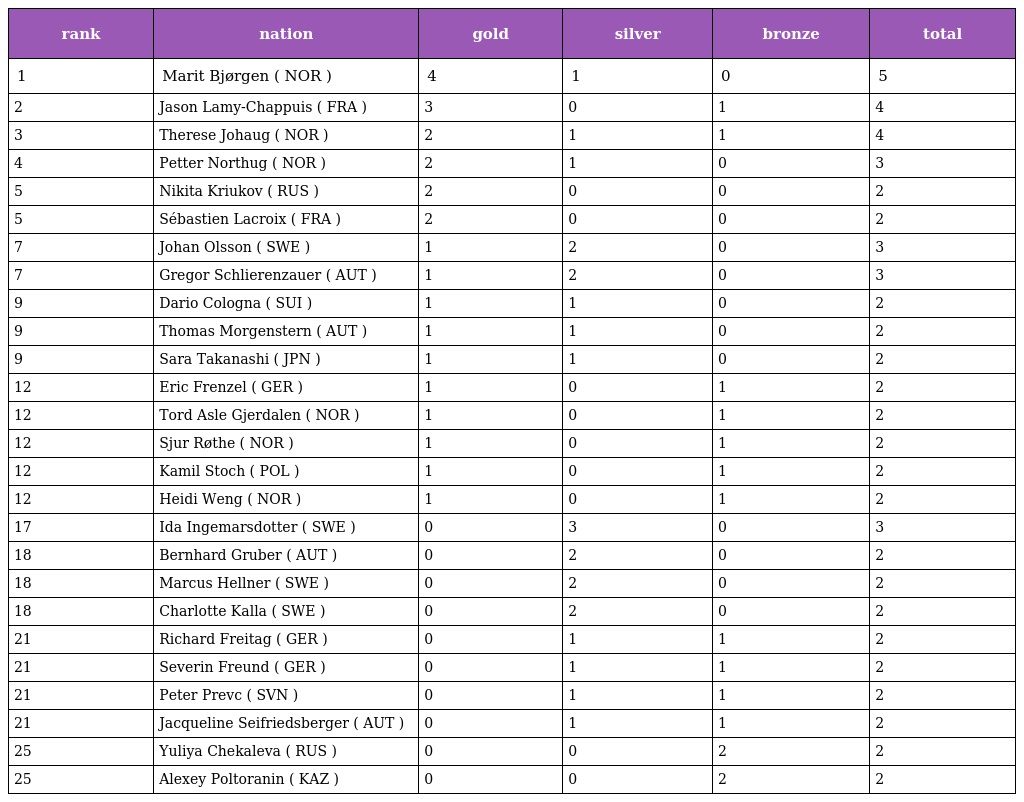
| rank | nation | gold | silver | bronze | total |
 | --- | --- | --- | --- | --- | --- |
 | 1 | Marit Bjørgen ( NOR ) | 4 | 1 | 0 | 5 |
 | 2 | Jason Lamy-Chappuis ( FRA ) | 3 | 0 | 1 | 4 |
 | 3 | Therese Johaug ( NOR ) | 2 | 1 | 1 | 4 |
 | 4 | Petter Northug ( NOR ) | 2 | 1 | 0 | 3 |
 | 5 | Nikita Kriukov ( RUS ) | 2 | 0 | 0 | 2 |
 | 5 | Sébastien Lacroix ( FRA ) | 2 | 0 | 0 | 2 |
 | 7 | Johan Olsson ( SWE ) | 1 | 2 | 0 | 3 |
 | 7 | Gregor Schlierenzauer ( AUT ) | 1 | 2 | 0 | 3 |
 | 9 | Dario Cologna ( SUI ) | 1 | 1 | 0 | 2 |
 | 9 | Thomas Morgenstern ( AUT ) | 1 | 1 | 0 | 2 |
 | 9 | Sara Takanashi ( JPN ) | 1 | 1 | 0 | 2 |
 | 12 | Eric Frenzel ( GER ) | 1 | 0 | 1 | 2 |
 | 12 | Tord Asle Gjerdalen ( NOR ) | 1 | 0 | 1 | 2 |
 | 12 | Sjur Røthe ( NOR ) | 1 | 0 | 1 | 2 |
 | 12 | Kamil Stoch ( POL ) | 1 | 0 | 1 | 2 |
 | 12 | Heidi Weng ( NOR ) | 1 | 0 | 1 | 2 |
 | 17 | Ida Ingemarsdotter ( SWE ) | 0 | 3 | 0 | 3 |
 | 18 | Bernhard Gruber ( AUT ) | 0 | 2 | 0 | 2 |
 | 18 | Marcus Hellner ( SWE ) | 0 | 2 | 0 | 2 |
 | 18 | Charlotte Kalla ( SWE ) | 0 | 2 | 0 | 2 |
 | 21 | Richard Freitag ( GER ) | 0 | 1 | 1 | 2 |
 | 21 | Severin Freund ( GER ) | 0 | 1 | 1 | 2 |
 | 21 | Peter Prevc ( SVN ) | 0 | 1 | 1 | 2 |
 | 21 | Jacqueline Seifriedsberger ( AUT ) | 0 | 1 | 1 | 2 |
 | 25 | Yuliya Chekaleva ( RUS ) | 0 | 0 | 2 | 2 |
 | 25 | Alexey Poltoranin ( KAZ ) | 0 | 0 | 2 | 2 |